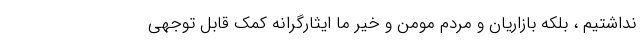
نداشتیم ، بلکه بازاریان و مردم مومن و خیر ما ایثارگرانه کمک قابل توجهی